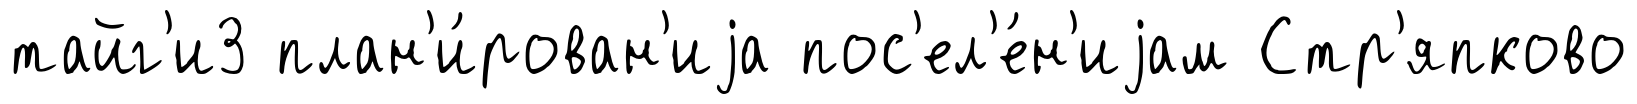
тайг'и3 план'и́рован'иjа пос'ел'е́н'иjам Стр'япково